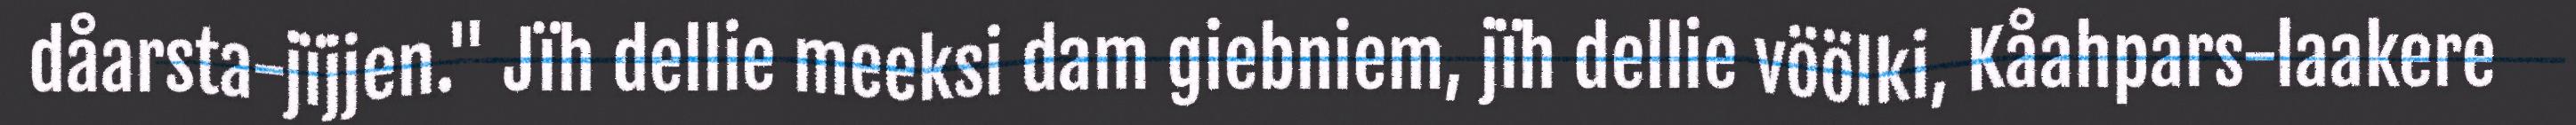
dåarsta-jïjjen." Jïh dellie meeksi dam giebniem, jïh dellie vöölki, Kåahpars-laakere